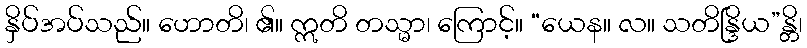
နှိပ်အပ်သည်။ ဟောတိ၊ ၏။ ဣတိ တသ္မာ၊ ကြောင့်။ “ယေန။ လ။ သတိန္ဒြိယ”န္တိ၊